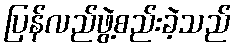
ပြန်လည်ဖွဲ့စည်းခဲ့သည်